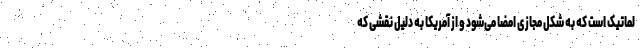
لماتیک است که به شکل مجازی امضا می‌شود و از آمریکا به دلیل نقشی که